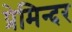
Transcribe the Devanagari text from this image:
प्रेमिन्दर